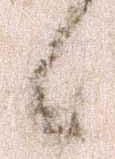
候